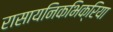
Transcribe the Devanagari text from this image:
रासायनिकभिक्रिया